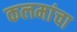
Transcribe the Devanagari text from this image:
कलमांचा